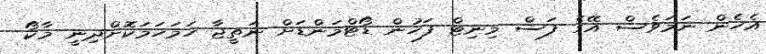
އެހެން ނަމަވެސް އޭގެ ފަސް މިނިޓް ފަހުން ޑޯޓްމަންޑަށް ނަތީޖާ ހަމަހަމަކޮށްދިނީ މާކޯ